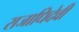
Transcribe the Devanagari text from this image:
राजाधिदेवी